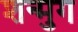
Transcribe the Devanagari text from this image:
शन्मुग